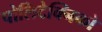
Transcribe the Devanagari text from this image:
पोलिटेक्निको